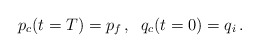
\begin{align*}p_c ( t = T ) = p_f \, , \; \; q_c ( t = 0) = q_i \, .\end{align*}